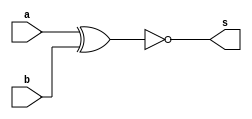
// --------------------- 
// Exercicio03
// Nome: Raphael Quintao 
// ---------------------

 
module xnorgate (output s, input a, input b); 
assign s = ~(a^b)   ; 
endmodule // 
// --------------------- 
// -- 
// --------------------- 
module testxnorgate; 
// ------------------------- dados locais 
reg a,b; // definir registrador 
wire s; // definir conexao (fio) 
// ------------------------- instancia 
xnorgate xnor1 (s, a, b); 
// ------------------------- preparacao 
initial begin:start 
a=0;  
b=0; 
end 
// ------------------------- parte principal 
initial begin:main 
$display("Exercicio 03 - Raphael Quintao - 445171"); 
$display("Test XNOR gate"); 
$display("\n ~(a^b) = s\n");
$monitor("~(%b ^ %b) = %b", a, b, s);
#1 a=0; b=0; 
#1 a=0; b=1; 
#1 a=1; b=0; 
#1 a=1; b=1; 

end 
endmodule // testxorgate